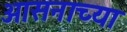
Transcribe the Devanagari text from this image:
आसनाच्या